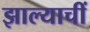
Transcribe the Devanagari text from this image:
झाल्याचीं